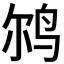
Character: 𲍰